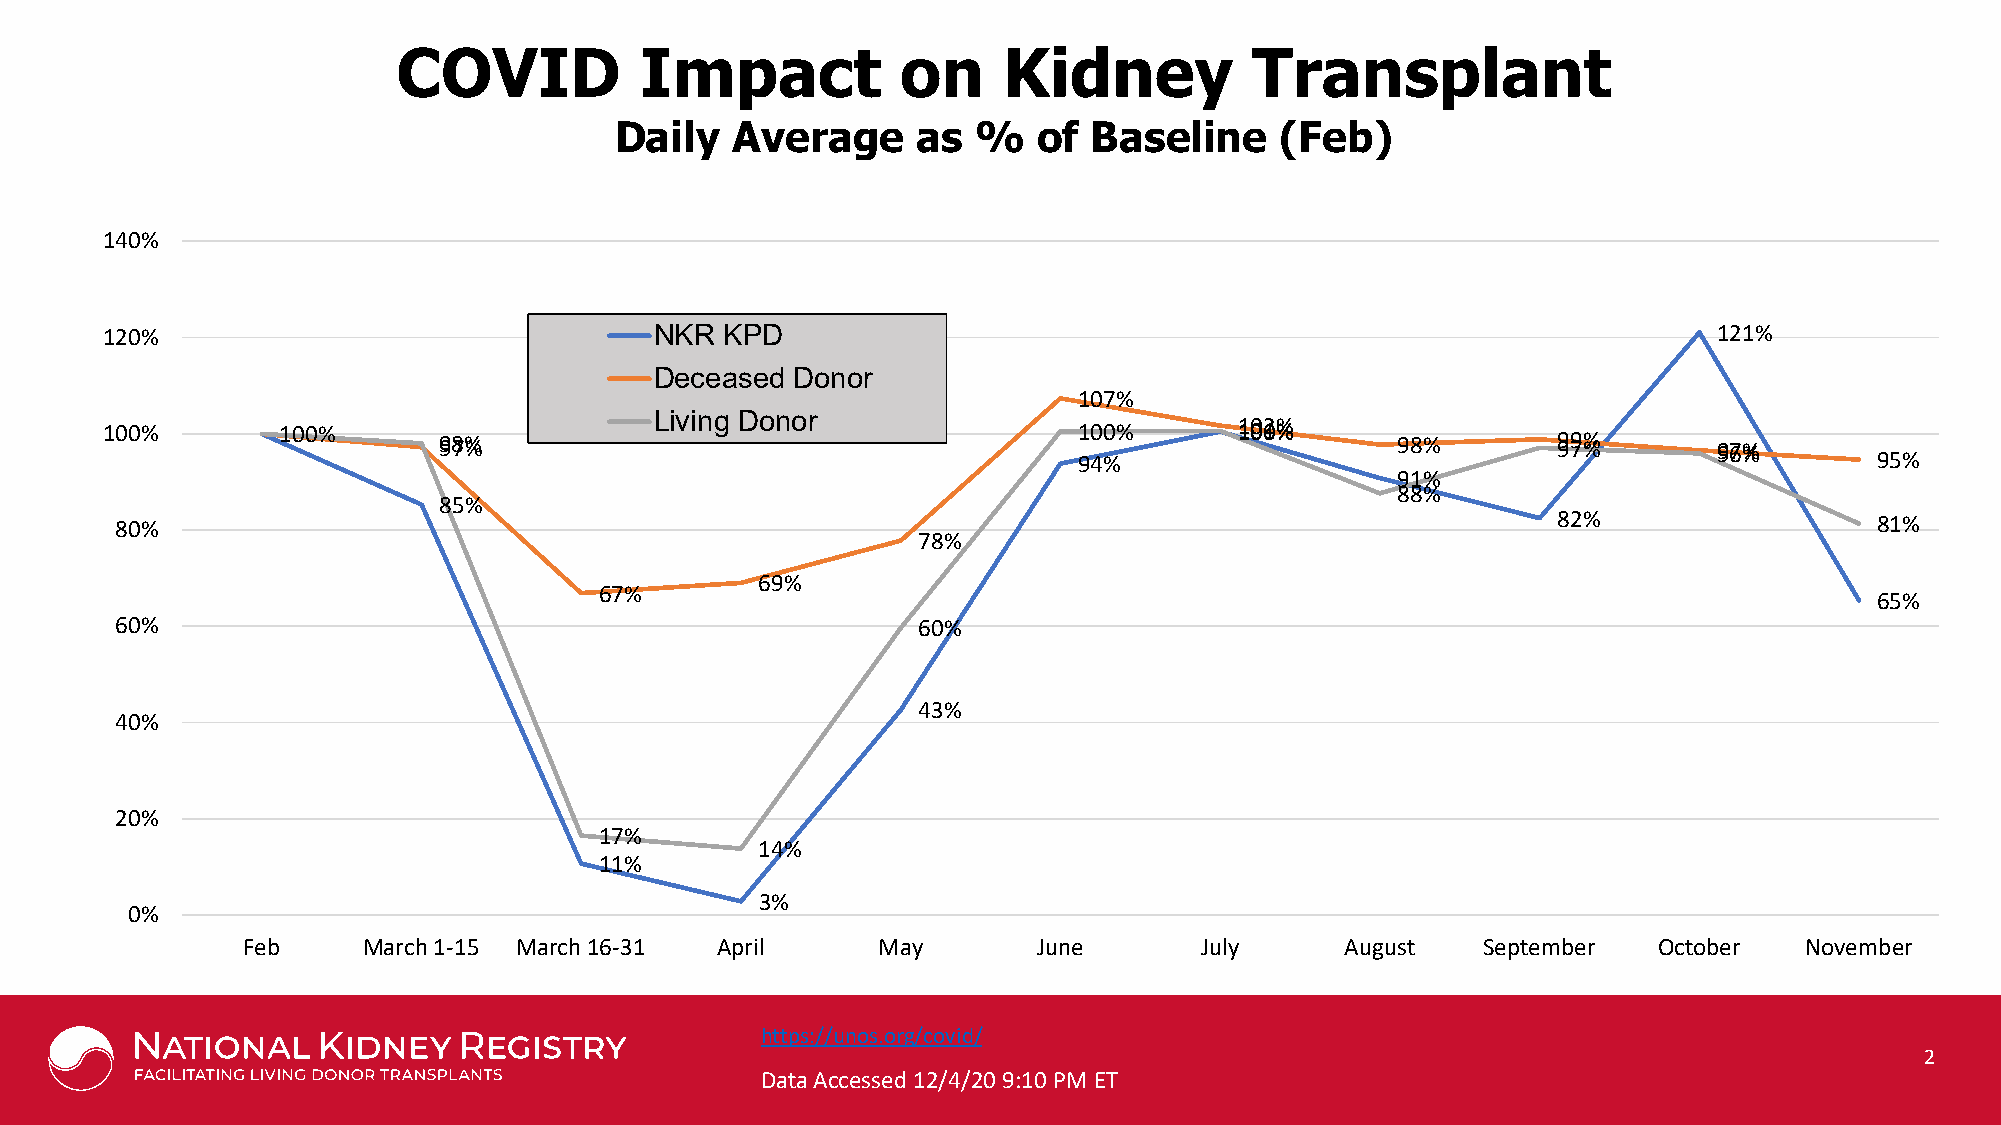
COVID           Impact            on    Kidney           Transplant
 Daily  Average      as  %   of Baseline     (Feb)
 140%
 120%                                NKR  KPD                                                               121%
 Deceased Donor
 107%
 100%       111000000%%% 9987%%      Living Donor                100%       111000120%%% 98%     99 79 %%   9967%%
 94%                                                  95%
 91%
 88%
 85%
 80%                                                                                            82%                  81%
 78%
 69%
 67%
 65%
 60%                                                  60%
 43%
 40%
 20%
 17%
 14%
 11%
 3%
 0%
 Feb     March 1-15 March 16-31 April      May        June      July      August   September   October  November
 https://Purnoovisd.eodr cgo/ucrotevsiyd o/f Johns Hopkins University School of Medicine, Department of Surgery *Not including CHIP patients;
 Kaplan-Meier GS Rates for Transplants Performed: 02/2008-06/2018 with follow-up through 2/28/2019 2
 Data Accessed 12/4/20 9:10 PM hEttTp s://www.srtr.org/ SRTR data as of March, 2019